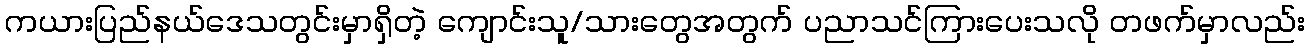
ကယားပြည်နယ်ဒေသတွင်းမှာရှိတဲ့ ကျောင်းသူ/သားတွေအတွက် ပညာသင်ကြားပေးသလို တဖက်မှာလည်း